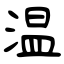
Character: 温